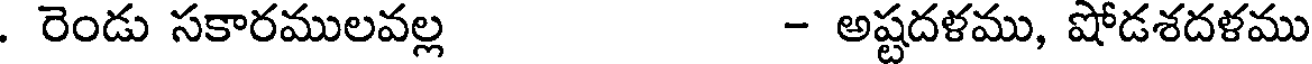
. రెండు సకారములవల్ల - అష్టదళము, షోడశదళము